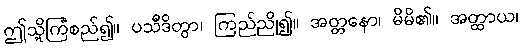
ဤသို့ကြံစည်၍။ ပသီဒိတွာ၊ ကြည်ညို၍။ အတ္တနော၊ မိမိ၏။ အတ္ထာယ၊